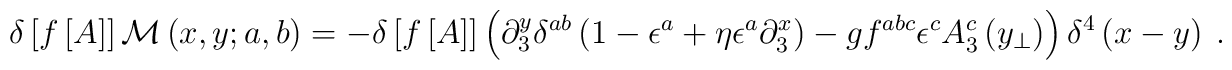
\delta\left[f\left[A\right]\right] {\cal M} \left(x,y;a,b\right)  =-\delta\left[f\left[A\right]\right] \left( \partial _{3}^{y}\delta^{ab}\left(1-\epsilon^{a}+\eta \epsilon^{a}\partial^{x}_{3}\right)-gf^{abc}\epsilon^{c}A_{3}^{c} \left(y_{\perp}\right)\right) \delta^{4}\left(x-y\right) \ .